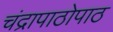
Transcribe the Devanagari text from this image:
चंद्रापाठोपाठ